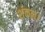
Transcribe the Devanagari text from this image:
शंकल।